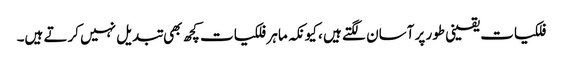
فلکیات یقینی طور پر آسان لگتے ہیں ، کیونکہ ماہر فلکیات کچھ بھی تبدیل نہیں کرتے ہیں۔